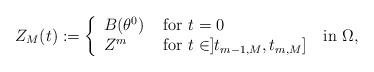
LaTeX: \begin{align*} Z_M (t):=\left\{\begin{array}{ll}B(\theta^{0} ) &\mbox{ for }t=0\\Z^{m}&\mbox{ for } t\in ]t_{m-1,M},t_{m,M}]\end{array}\right. \mbox{ in }\Omega,\end{align*}